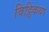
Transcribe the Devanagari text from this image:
विट्ठिकथा